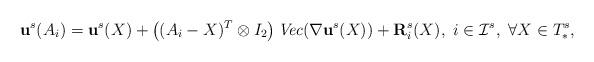
LaTeX: \begin{align*}\mathbf{ u}^s(A_i)=\mathbf{ u}^s(X)+ \left( (A_i-X)^T\otimes I_2 \right) \emph{Vec}( \nabla\mathbf{ u}^s(X) )+ \mathbf{ R}^s_{i}(X), ~ i\in\mathcal{I}^s, ~ \forall X\in T_{\ast}^s,\end{align*}